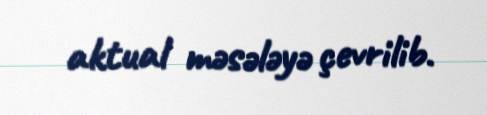
aktual məsələyə çevrilib.